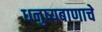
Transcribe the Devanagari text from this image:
धनुष्यबाणाचे